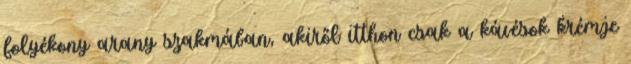
folyékony arany szakmában, akiről itthon csak a kávésok krémje